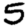
Digit: 5